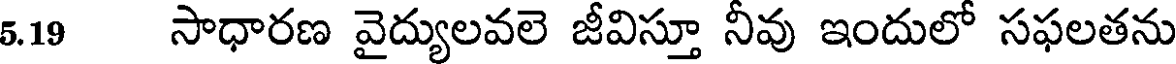
5.19 సాధారణ వైద్యులవలె జీవిస్తూ నీవు ఇందులో సఫలతను